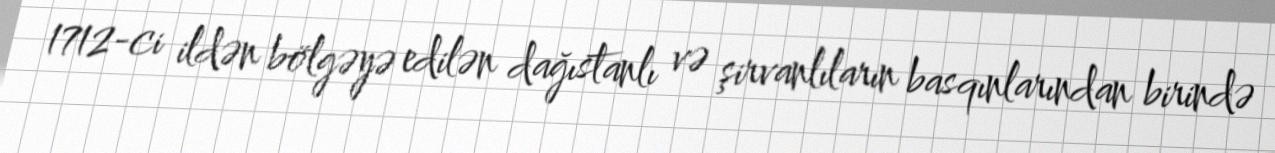
1712-ci ildən bölgəyə edilən dağıstanlı və şirvanlıların basqınlarından birində